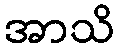
အာသိ